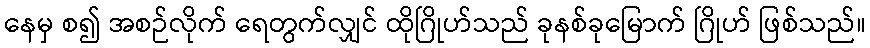
နေမှ စ၍ အစဉ်လိုက် ရေတွက်လျှင် ထိုဂြိုဟ်သည် ခုနစ်ခုမြောက် ဂြိုဟ် ဖြစ်သည်။